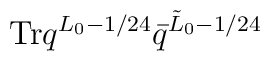
{\rm Tr} q^{L_0 - 1/24} \bar q^{\tilde L_0 - 1/24}